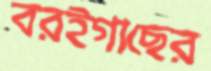
বরইগাছের